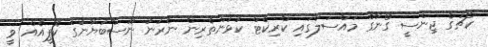
ކޯޗުގެ ޖިންސީ ގޯނާގެ މައްސަލާގައި ކްރިކެޓް ކުޅުންތެރިން ނެރުނު ނޫސްބަޔާނުގެ ކޮޕީއެއް ވީ